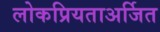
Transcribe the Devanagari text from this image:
लोकप्रियताअर्जित